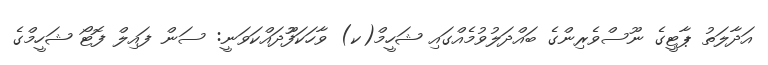
އަދާލަތު ޕާޓީގެ ނޫސްވެރިންގެ ބައްދަލުވުމެއްގައި ޝަހީމް(ކ) ވާހަކަފުޫދައްކަވަނީ: ސަން ފައިލް ފޮޓޯ ޝަހީމްގެ